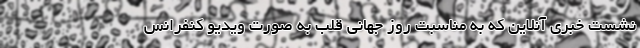
نشست خبری آنلاین که به مناسبت روز جهانی قلب به صورت ویدیو کنفرانس